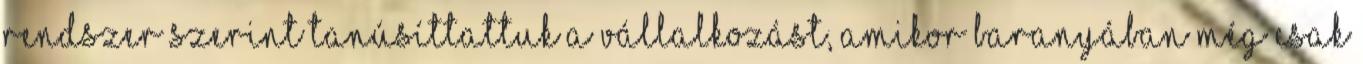
rendszer szerint tanúsíttattuk a vállalkozást, amikor Baranyában még csak